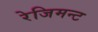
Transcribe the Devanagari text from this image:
रेजिमन्ट